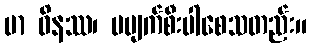
မာ ဝိနဿ၊ မပျက်စီးပါစေသတည်း။